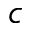
_ c